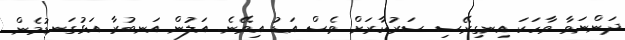
ދަންނަވާ ވާހަކަ އިނގިރޭސި ސަރުކާރަށް ވެސް އަޑު އިވޭނެ. އަލުން އަނބުރާ އަޅުގަނޑުމެން